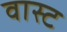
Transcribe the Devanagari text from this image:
वास्ट